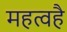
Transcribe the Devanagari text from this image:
महत्वहै